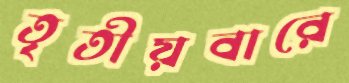
তৃতীয়বারে